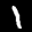
Label: 1